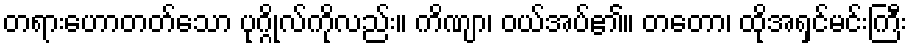
တရားဟောတတ်သော ပုဂ္ဂိုလ်ကိုလည်း။ ကိဏျာ၊ ဝယ်အပ်၏။ တတော၊ ထိုအရှင်မင်းကြီး